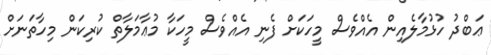
ޢަބްދު ހުޅުމާލެއިން އެއްވެސް މީހަކަށް ފެނި އެއްވެސް މީހަކާ މުޢާމަލާތް ކުރިކަން މިހާތަނަށް